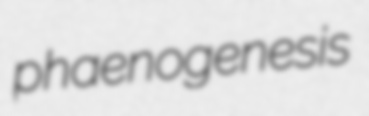
phaenogenesis